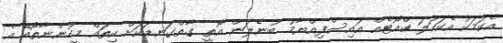
އެކަމަކު އެކަހަލަ ކްއޯޓެއް އައިސްފިއްޔާމު ބުނެލަން އޮތީ ގާތްގަނޑަކަށް ކިތައް މީހުންނާތޯއޭ އެ